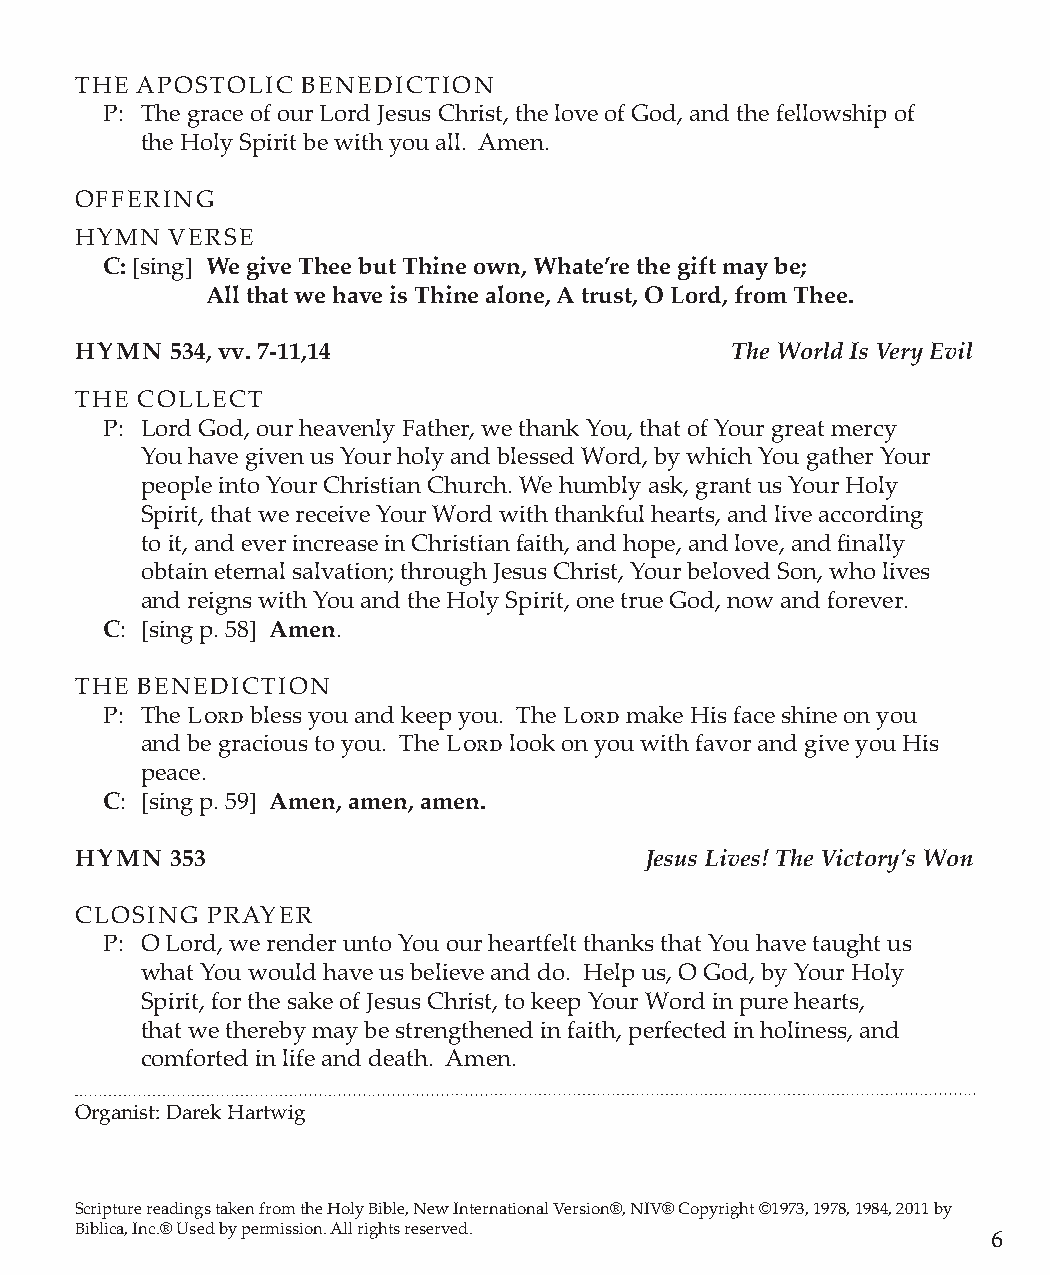
THE APOSTOLIC  BENEDICTION
 P: The grace of our Lord Jesus Christ, the love of God, and the fellowship of
 the Holy Spirit be with you all. Amen.
 OFFERING
 HYMN  VERSE
 C: [sing] We give Thee but Thine own, Whate’re the gift may be;
 All that we have is Thine alone, A trust, O Lord, from Thee.
 HYMN  534, vv. 7-11,14                     The World Is Very Evil
 THE COLLECT
 P: Lord God, our heavenly Father, we thank You, that of Your great mercy
 You have given us Your holy and blessed Word, by which You gather Your
 people into Your Christian Church. We humbly ask, grant us Your Holy
 Spirit, that we receive Your Word with thankful hearts, and live according
 to it, and ever increase in Christian faith, and hope, and love, and finally
 obtain eternal salvation; through Jesus Christ, Your beloved Son, who lives
 and reigns with You and the Holy Spirit, one true God, now and forever.
 C: [sing p. 58] Amen.
 THE BENEDICTION
 P: The Lord bless you and keep you. The Lord make His face shine on you
 and be gracious to you. The Lord look on you with favor and give you His
 peace.
 C: [sing p. 59] Amen, amen, amen.
 HYMN  353                             Jesus Lives! The Victory's Won
 CLOSING  PRAYER
 P: O Lord, we render unto You our heartfelt thanks that You have taught us
 what You would have us believe and do. Help us, O God, by Your Holy
 Spirit, for the sake of Jesus Christ, to keep Your Word in pure hearts,
 that we thereby may be strengthened in faith, perfected in holiness, and
 comforted in life and death. Amen.
 Organist: Darek Hartwig
 Scripture readings taken from the Holy Bible, New International Version®, NIV® Copyright ©1973, 1978, 1984, 2011 by
 Biblica, Inc.® Used by permission. All rights reserved.
 6